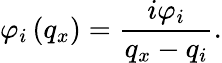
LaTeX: {{\varphi}_{i}}\left({{q}_{x}}\right)=\frac{i{{\varphi}_{i}}}{{{q}_{x}}-{{q}_{i}}}.